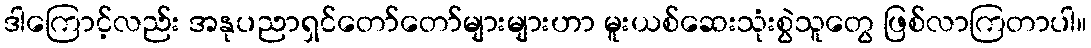
ဒါကြောင့်လည်း အနုပညာရှင်တော်တော်များများဟာ မူးယစ်ဆေးသုံးစွဲသူတွေ ဖြစ်လာကြတာပါ။